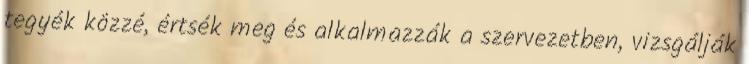
tegyék közzé, értsék meg és alkalmazzák a szervezetben, vizsgálják